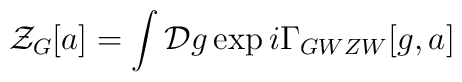
{\cal Z}_G[a]= \int {\cal D}g\exp{i\Gamma_{GWZW}[g,a]}